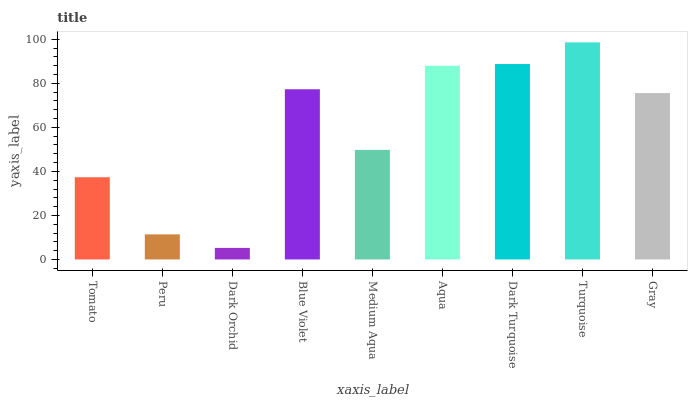
| xaxis_label | bars |
 | --- | --- |
 | Tomato | 37.4 |
 | Peru | 11.4 |
 | Dark Orchid | 5.25 |
 | Blue Violet | 77.3 |
 | Medium Aqua | 49.8 |
 | Aqua | 88 |
 | Dark Turquoise | 88.8 |
 | Turquoise | 98.6 |
 | Gray | 75.6 |